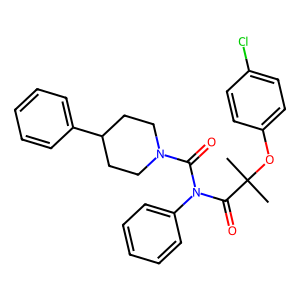
SMILES: CC(C)(Oc1ccc(Cl)cc1)C(=O)N(C(=O)N1CCC(c2ccccc2)CC1)c1ccccc1
Inhibits HIV replication: No